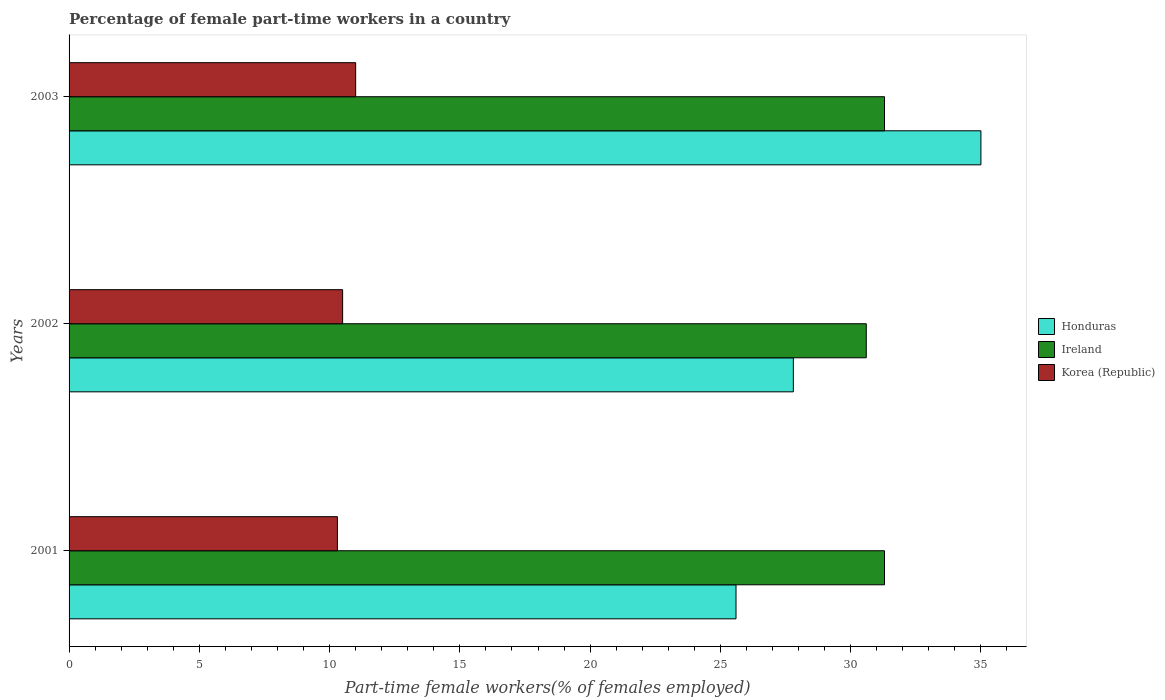
| Years | Honduras | Ireland | Korea (Republic) |
 | --- | --- | --- | --- |
 | 2001 | 25.6 | 31.3 | 10.3 |
 | 2002 | 27.8 | 30.6 | 10.5 |
 | 2003 | 35 | 31.3 | 11 |